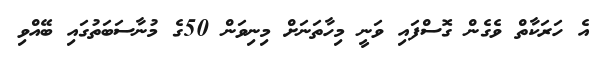
އެ ހަރަކާތް ވެގެން ގޮސްފައި ވަނީ މިހާތަނަށް މިނިވަން 50ގެ މުނާސަބަތުގައި ބޭއްވި